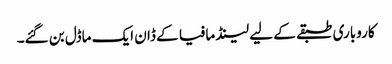
کاروباری طبقے کے لیے لینڈ مافیا کے ڈان ایک ماڈل بن گئے۔